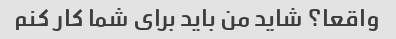
واقعا؟ شاید من باید برای شما کار کنم